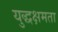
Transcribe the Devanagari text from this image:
युद्धक्षमता